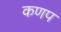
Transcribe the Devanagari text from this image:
कणप